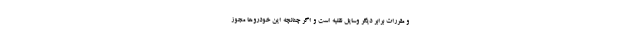
و مقررات برابر دیگر وسایل نقلیه است و اگر چنانچه این خودروها مجوز